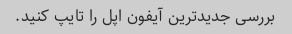
بررسی جدیدترین آیفون اپل را تایپ کنید.